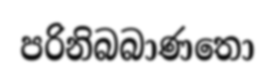
පරිනිබබාණතො